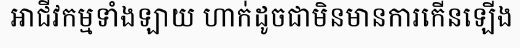
អាជីវកម្មទាំងឡាយ ហាក់ដូចជាមិនមានការកើនឡើង